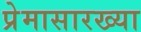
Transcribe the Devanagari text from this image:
प्रेमासारख्या